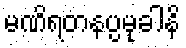
မဏိရတနပ္ပမုခါနိ